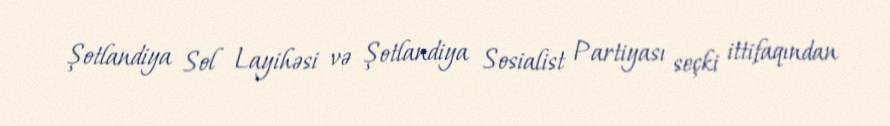
Şotlandiya Sol Layihəsi və Şotlandiya Sosialist Partiyası seçki ittifaqından